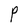
Character: P